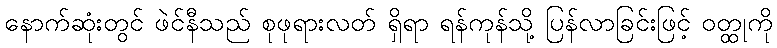
နောက်ဆုံးတွင် ဖဲင်နီသည် စုဖုရားလတ် ရှိရာ ရန်ကုန်သို့ ပြန်လာခြင်းဖြင့် ဝတ္ထုကို